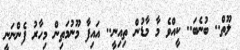
ލޫތް.. ބުނެބަ.. ކީއްވެ މާ މާޑުން ތިއިނީ.. އައިފާ މޫނުމަތިން މިހާރު ފެންނަނީ